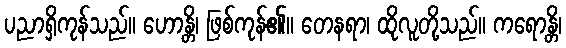
ပညာရှိကုန်သည်။ ဟောန္တိ၊ ဖြစ်ကုန်၏။ တေနရာ၊ ထိုလူတို့သည်။ ကရောန္တိ၊